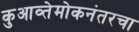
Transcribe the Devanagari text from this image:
कुआव्तेमोकनंतरचा